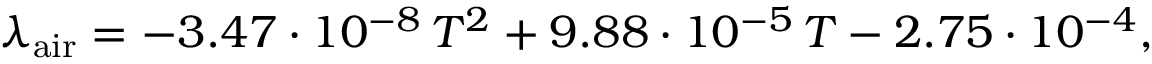
\lambda _ { \mathrm { a i r } } = - 3 . 4 7 \cdot 1 0 ^ { - 8 } \, T ^ { 2 } + 9 . 8 8 \cdot 1 0 ^ { - 5 } \, T - 2 . 7 5 \cdot 1 0 ^ { - 4 } ,